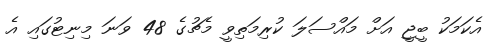
އެކަމަކު ބީޖީ އަށް މައްސަލަ ކުރިމަތިވީ މެޗުގެ 48 ވަނަ މިނިޓުގައި އެ